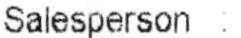
SALESPERSON :